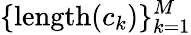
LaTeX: \{ \mathrm{length}(c_{k})\} _{k=1}^{M}